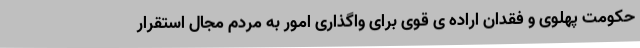
حکومت پهلوی و فقدان اراده ی قوی برای واگذاری امور به مردم مجال استقرار